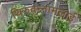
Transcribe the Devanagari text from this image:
थिरुवन्नामलाई